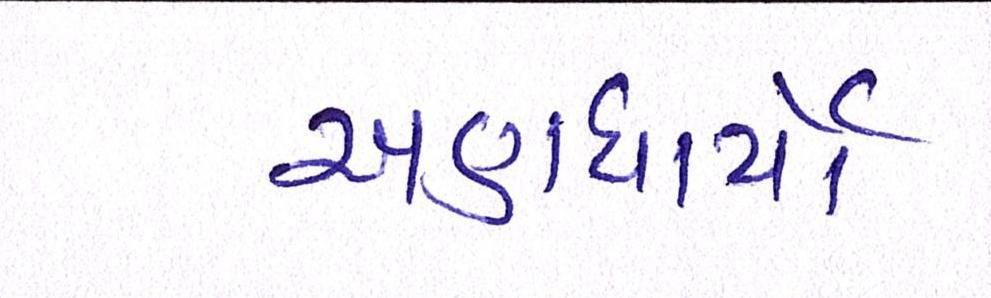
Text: અણધાર્યો